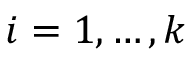
i = 1 , \dots , k